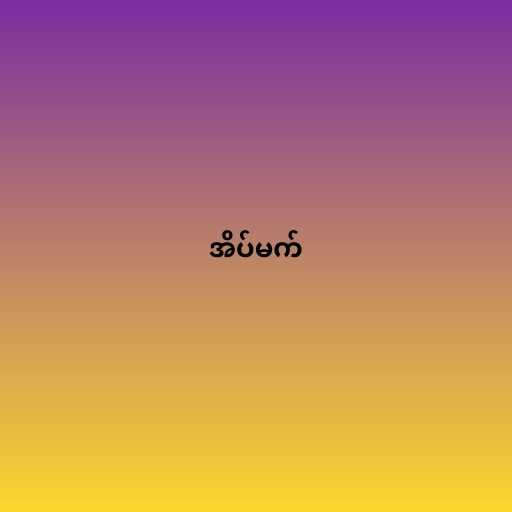
အိပ်မက်